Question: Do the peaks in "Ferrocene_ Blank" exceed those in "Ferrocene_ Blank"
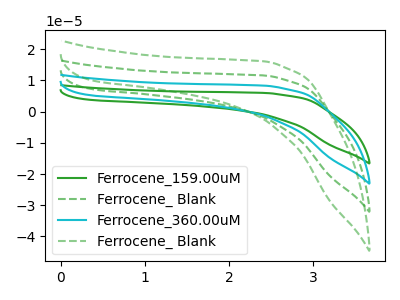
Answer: <think>The green curve "Ferrocene_159.00uM" has no peaks. The green dashed curve "Ferrocene_ Blank" has no peaks. The cyan curve "Ferrocene_360.00uM" has no peaks. The green dashed curve "Ferrocene_ Blank" has no peaks.</think>
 <answer>Niether CV has any peaks.</answer>
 <eval>blanks</eval>